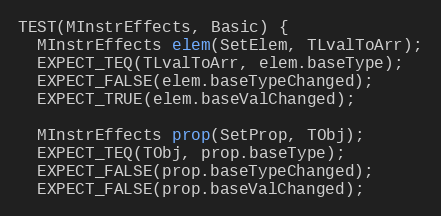
Language: C++
TEST(MInstrEffects, Basic) {
  MInstrEffects elem(SetElem, TLvalToArr);
  EXPECT_TEQ(TLvalToArr, elem.baseType);
  EXPECT_FALSE(elem.baseTypeChanged);
  EXPECT_TRUE(elem.baseValChanged);

  MInstrEffects prop(SetProp, TObj);
  EXPECT_TEQ(TObj, prop.baseType);
  EXPECT_FALSE(prop.baseTypeChanged);
  EXPECT_FALSE(prop.baseValChanged);